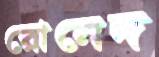
রোনেদ